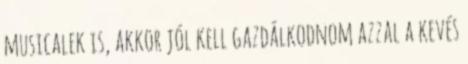
musicalek is, akkor jól kell gazdálkodnom azzal a kevés